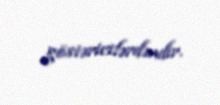
göstəricilərdəndir.